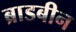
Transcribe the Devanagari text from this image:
ब्राडबीन